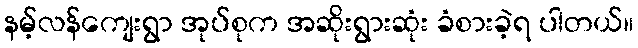
နမ့်လန်ကျေးရွာ အုပ်စုက အဆိုးရွားဆုံး ခံစားခဲ့ရ ပါတယ်။